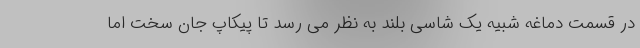
در قسمت دماغه شبیه یک شاسی بلند به نظر می رسد تا پیکاپ جان سخت اما